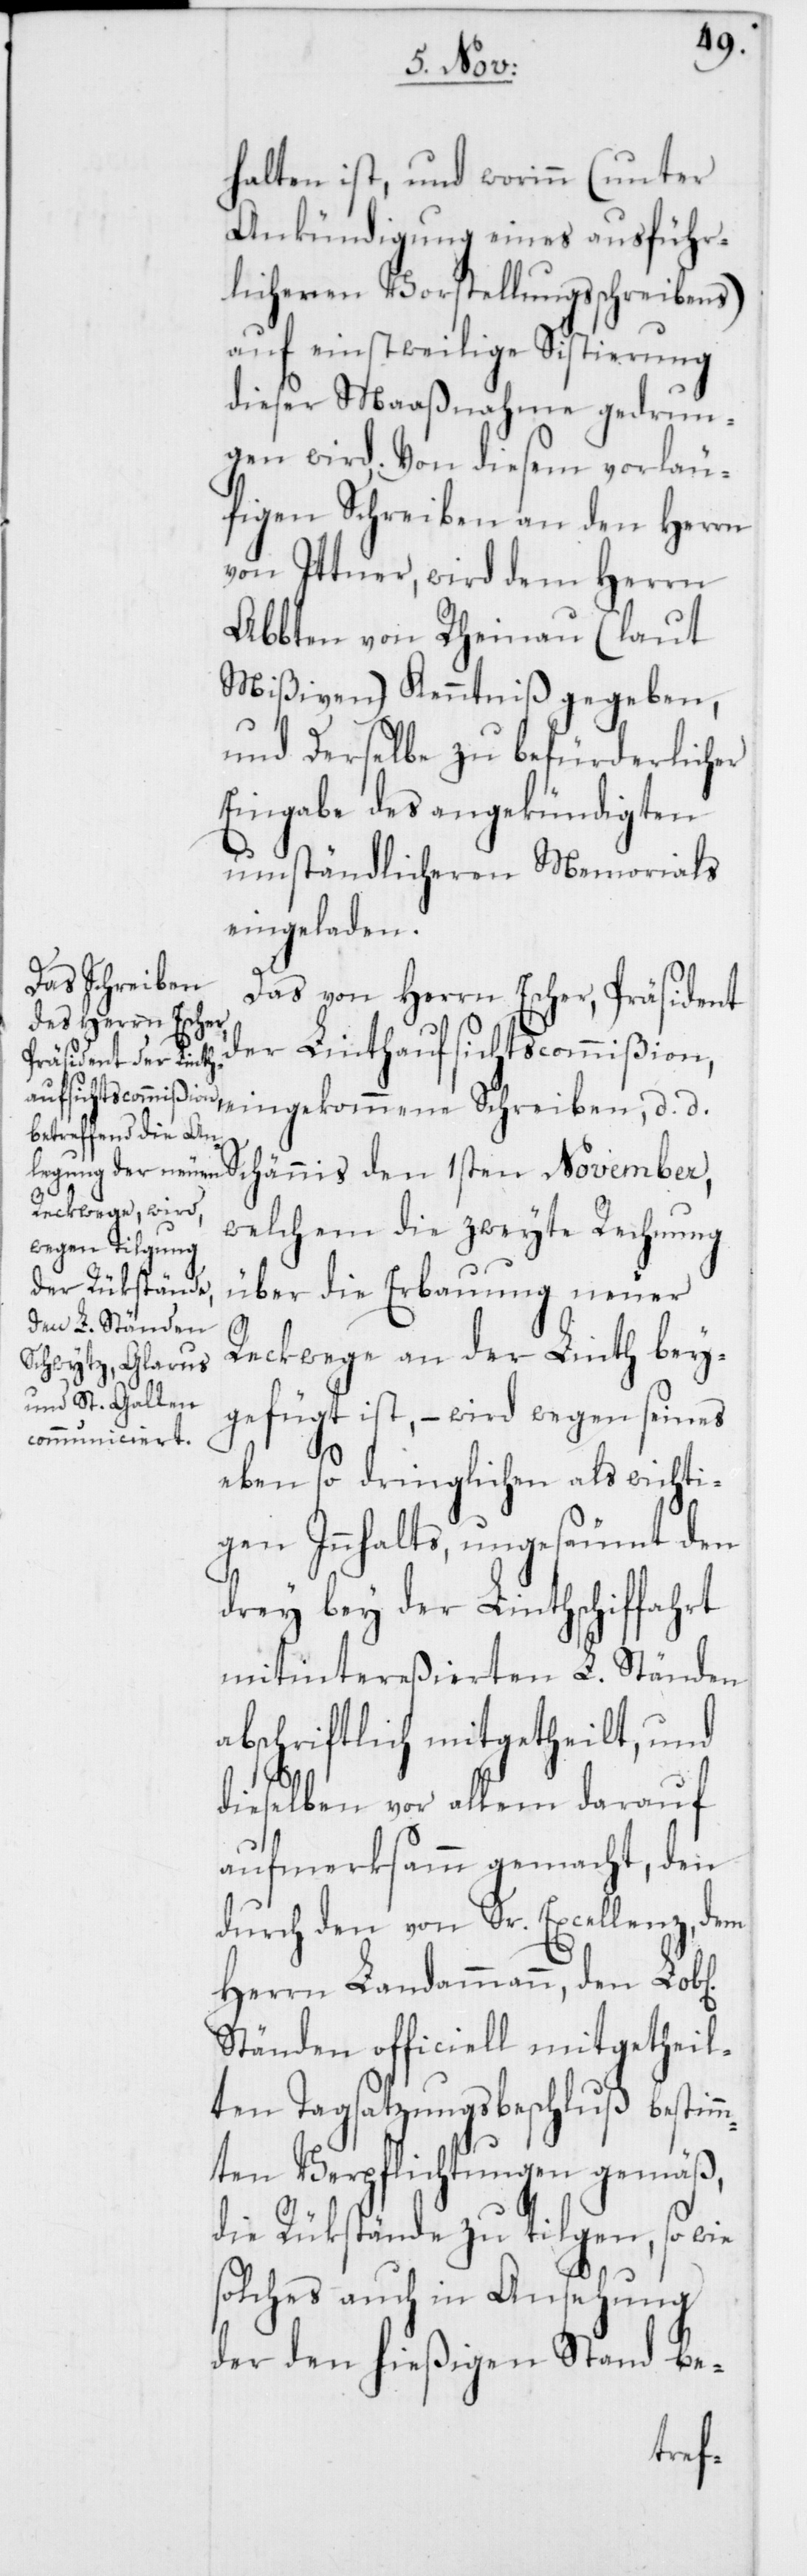
halten ist, und worinn (unter
Ankündigung eines ausführ¬
licheren Vorstellungsschreibens)
auf einstweilige Sistierung
dieser Maaßnahme gedrun¬
gen wird. Von diesem vorläu¬
figen Schreiben an den Herrn
von Ittner, wird dem Herrn
Abbten von Rheinau (laut
Mißiven) Kenntniß gegeben,
und derselbe zu befürderlicher
Eingabe des angekündigten
umständlicheren Memorials
eingeladen.
Das von Herrn Escher, Präsident
der Linthaufsichtscommißion,
Schännis den 1sten November,
welchem die zweyte Rechnung
über die Erbauung neuer
en]
Reckwege an der Linth bey¬
gefügt ist, – wird wegen seines
eben so dringlichen als wichti¬
gen Innhalts, ungesäumt den
drey bey der Linthschiffahrt
mitintereßierten L. Ständen
abschriftlich mitgetheilt, und
dieselben vor allem darauf
aufmerksamm gemacht, den
durch den von Sr. Excellenz, dem
Herrn Landammann, den Lob[li¬
Ständen officiell mitgetheil¬
ten Tagsatzungsbeschluß bestim¬
mten Verpflichtungen gemäß,
die Rükstände zu tilgen, so wie
solches auch in Ansehung
der den hießigen Stand be-